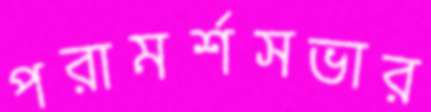
পরামর্শসভার